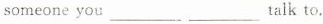
someone you ___ ___ talk to.